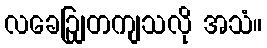
လခေဉျြတကျသလို အသံ။